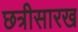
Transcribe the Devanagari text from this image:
छत्रीसारख